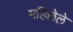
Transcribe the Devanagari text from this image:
महिलेले